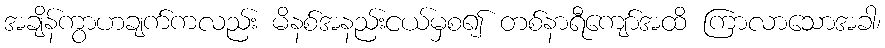
အချိန်ကွာဟချက်ကလည်း မိနစ်အနည်းငယ်မှစ၍ တစ်နာရီကျော်အထိ ကြာလာသောအခါ၊